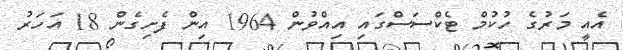
އެއީ މަރުގެ ހުކުމް ޓެކްސަސްގައި އިއްވުން 1964 އިން ފެށިގެން 18 އަހަރު